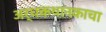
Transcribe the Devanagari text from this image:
अर्धकथानकाचा